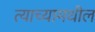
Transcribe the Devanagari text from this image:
त्याच्यामधील